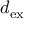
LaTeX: d _ { \mathrm { e x } }